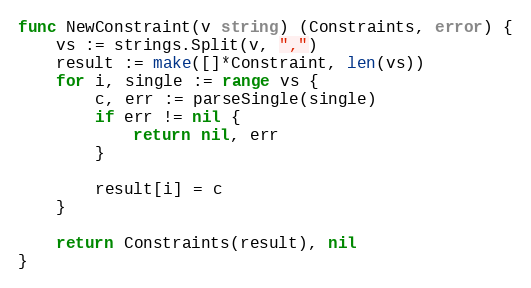
Language: Go
func NewConstraint(v string) (Constraints, error) {
	vs := strings.Split(v, ",")
	result := make([]*Constraint, len(vs))
	for i, single := range vs {
		c, err := parseSingle(single)
		if err != nil {
			return nil, err
		}

		result[i] = c
	}

	return Constraints(result), nil
}